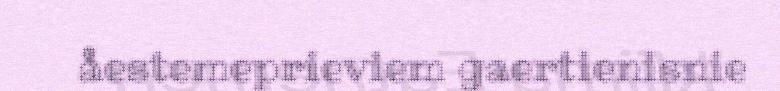
åestemeprieviem gaertienisnie